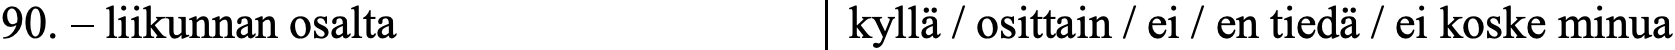
90. – liikunnan osalta      kyllä / osittain / ei / en tiedä / ei koske minua